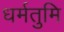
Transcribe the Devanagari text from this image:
धर्मतुमि